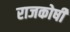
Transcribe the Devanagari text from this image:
राजकोषी